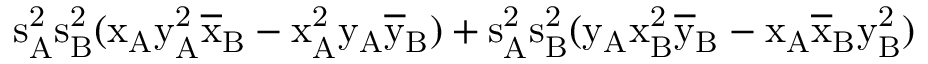
\mathrm { s _ { A } ^ { 2 } \mathrm { s _ { B } ^ { 2 } ( \mathrm { x _ { A } \mathrm { y _ { A } ^ { 2 } \mathrm { \overline { { x } } _ { B } - \mathrm { x _ { A } ^ { 2 } \mathrm { y _ { A } \mathrm { \overline { { y } } _ { B } ) + \mathrm { s _ { A } ^ { 2 } \mathrm { s _ { B } ^ { 2 } ( \mathrm { y _ { A } \mathrm { x _ { B } ^ { 2 } \mathrm { \overline { { y } } _ { B } - \mathrm { x _ { A } \mathrm { \overline { { x } } _ { B } \mathrm { y _ { B } ^ { 2 } ) } } } } } } } } } } } } } } } }